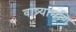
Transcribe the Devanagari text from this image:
वाष्र्यामणि